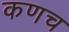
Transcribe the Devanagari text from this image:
कणच